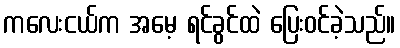
ကလေးငယ်က အမေ့ ရင်ခွင်ထဲ ပြေးဝင်ခဲ့သည်။